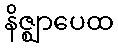
နိဇ္ဈာပေထ